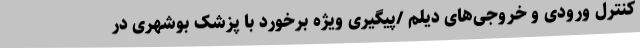
کنترل ورودی و خروجی‌های دیلم /پیگیری ویژه برخورد با پزشک بوشهری در